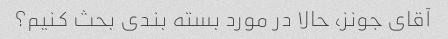
آقای جونز، حالا در مورد بسته بندی بحث کنیم؟